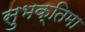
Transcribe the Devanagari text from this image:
सुभक्तिमा